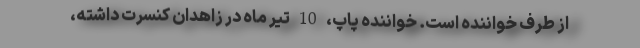
از طرف خواننده است. خواننده پاپ، 10 تیر ماه در زاهدان کنسرت داشته،